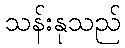
သန်းနုသည်